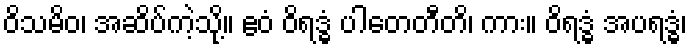
ဝိသမိဝ၊ အဆိပ်ကဲ့သို့။ ဧဝံ ဝိရဒ္ဓံ ပါတေတီတိ၊ ကား။ ဝိရဒ္ဓံ အပရဒ္ဓံ၊